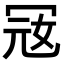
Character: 㓂